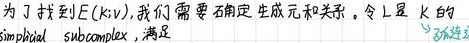
为了找到$E(k;v)$，我们需要确定生成元和关系。令$L$是$K$的simplicial sub - complex，满足  8不连